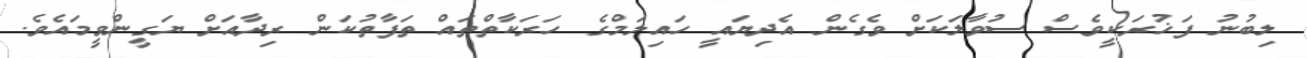
ލިބުނު ފަޚުރަކީވެސް ސުވާލަކަށް ވެގެން އެދިޔައީ ހައިލަމްގެ ހަރަކާތްތައް ތަފާތުކަން ރިދާއަށް ޔަގީންވީމައެވެ.